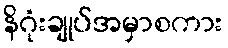
နိဂုံးချုပ်အမှာစကား